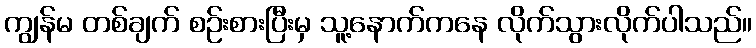
ကျွန်မ တစ်ချက် စဉ်းစားပြီးမှ သူ့နောက်ကနေ လိုက်သွားလိုက်ပါသည်။